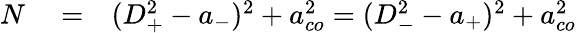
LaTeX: \begin{array}{rlr}{N}&{{}=}&{(D_{+}^{2}-a_{-})^{2}+a_{co}^{2}=(D_{-}^{2}-a_{+})^{2}+a_{co}^{2}}\end{array}